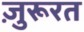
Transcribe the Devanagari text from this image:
ज़ुरूरत